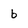
Character: b